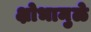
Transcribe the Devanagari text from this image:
क्षोभामुळे